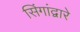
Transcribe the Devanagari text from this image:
सिंगांद्वारे